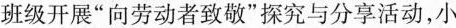
班级开展”向劳动者致敬”探究与分享活动，小